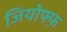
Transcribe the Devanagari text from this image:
जियोफ्फ़